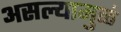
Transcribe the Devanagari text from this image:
असल्यामुळं